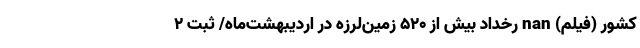
کشور (فیلم) nan رخداد بیش از ۵۲۰ زمین‌لرزه در اردیبهشت‌ماه/ ثبت ۲